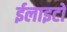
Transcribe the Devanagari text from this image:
ईलाइटों